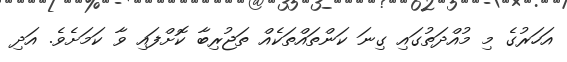
އަހަރުގެ މި މުއްދަތުގައި ގިނަ ކަންތައްތަކެއް ތަޖުރިބާ ކޮށްފައި ވާ ކަމަށެވެ. އަދި